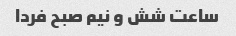
ساعت شش و نیم صبح فردا